Document type: Sale
Year: 1275
Scribe: Salvador de Baiona
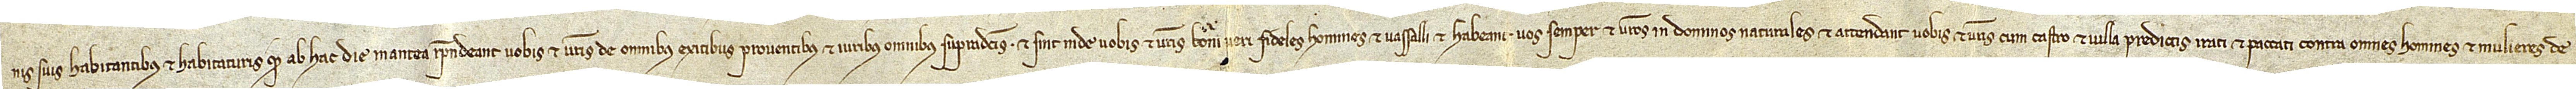
nis suis habitantibus et habitaturis quod ab hac die in antea respondeant vobis et vestris de omnibus exitibus, proventibus et iuribus omnibus supradictis et sint inde vobis et vestris boni veri fideles homines et vassalli, et habeant vos semper et vestros in dominos naturales, et attendant vobis et vestris cum castro et villa predictis, irati et paccati, contra omnes homines et mulieres de